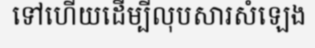
ទៅហើយដើម្បីលុបសារសំឡេង